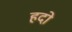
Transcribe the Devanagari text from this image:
हदो